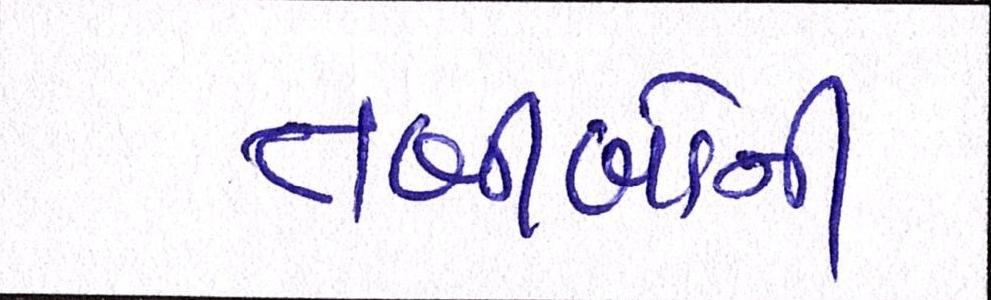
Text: તબીબોની